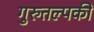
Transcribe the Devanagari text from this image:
गुरुतल्पकी